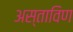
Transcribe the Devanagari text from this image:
अस्ताविण